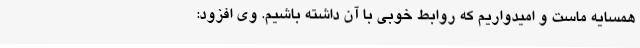
همسایه ماست و امیدواریم که روابط خوبی با آن داشته باشیم. وی افزود: